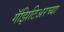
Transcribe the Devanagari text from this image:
गॅझिटिअरच्या